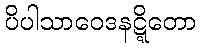
ပိပါသာဝေဒနဋ္ဋိတော